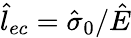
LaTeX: \hat{l}_{ec}=\hat{\sigma}_{0}/\hat{E}